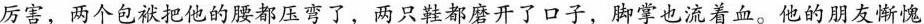
厉害，两个包袱把他的腰都压弯了，两只鞋都磨开了口子，脚掌也流着血。他的朋友惭愧